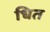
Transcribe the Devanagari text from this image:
धित